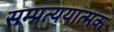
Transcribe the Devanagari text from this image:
सम्प्रत्ययात्मक